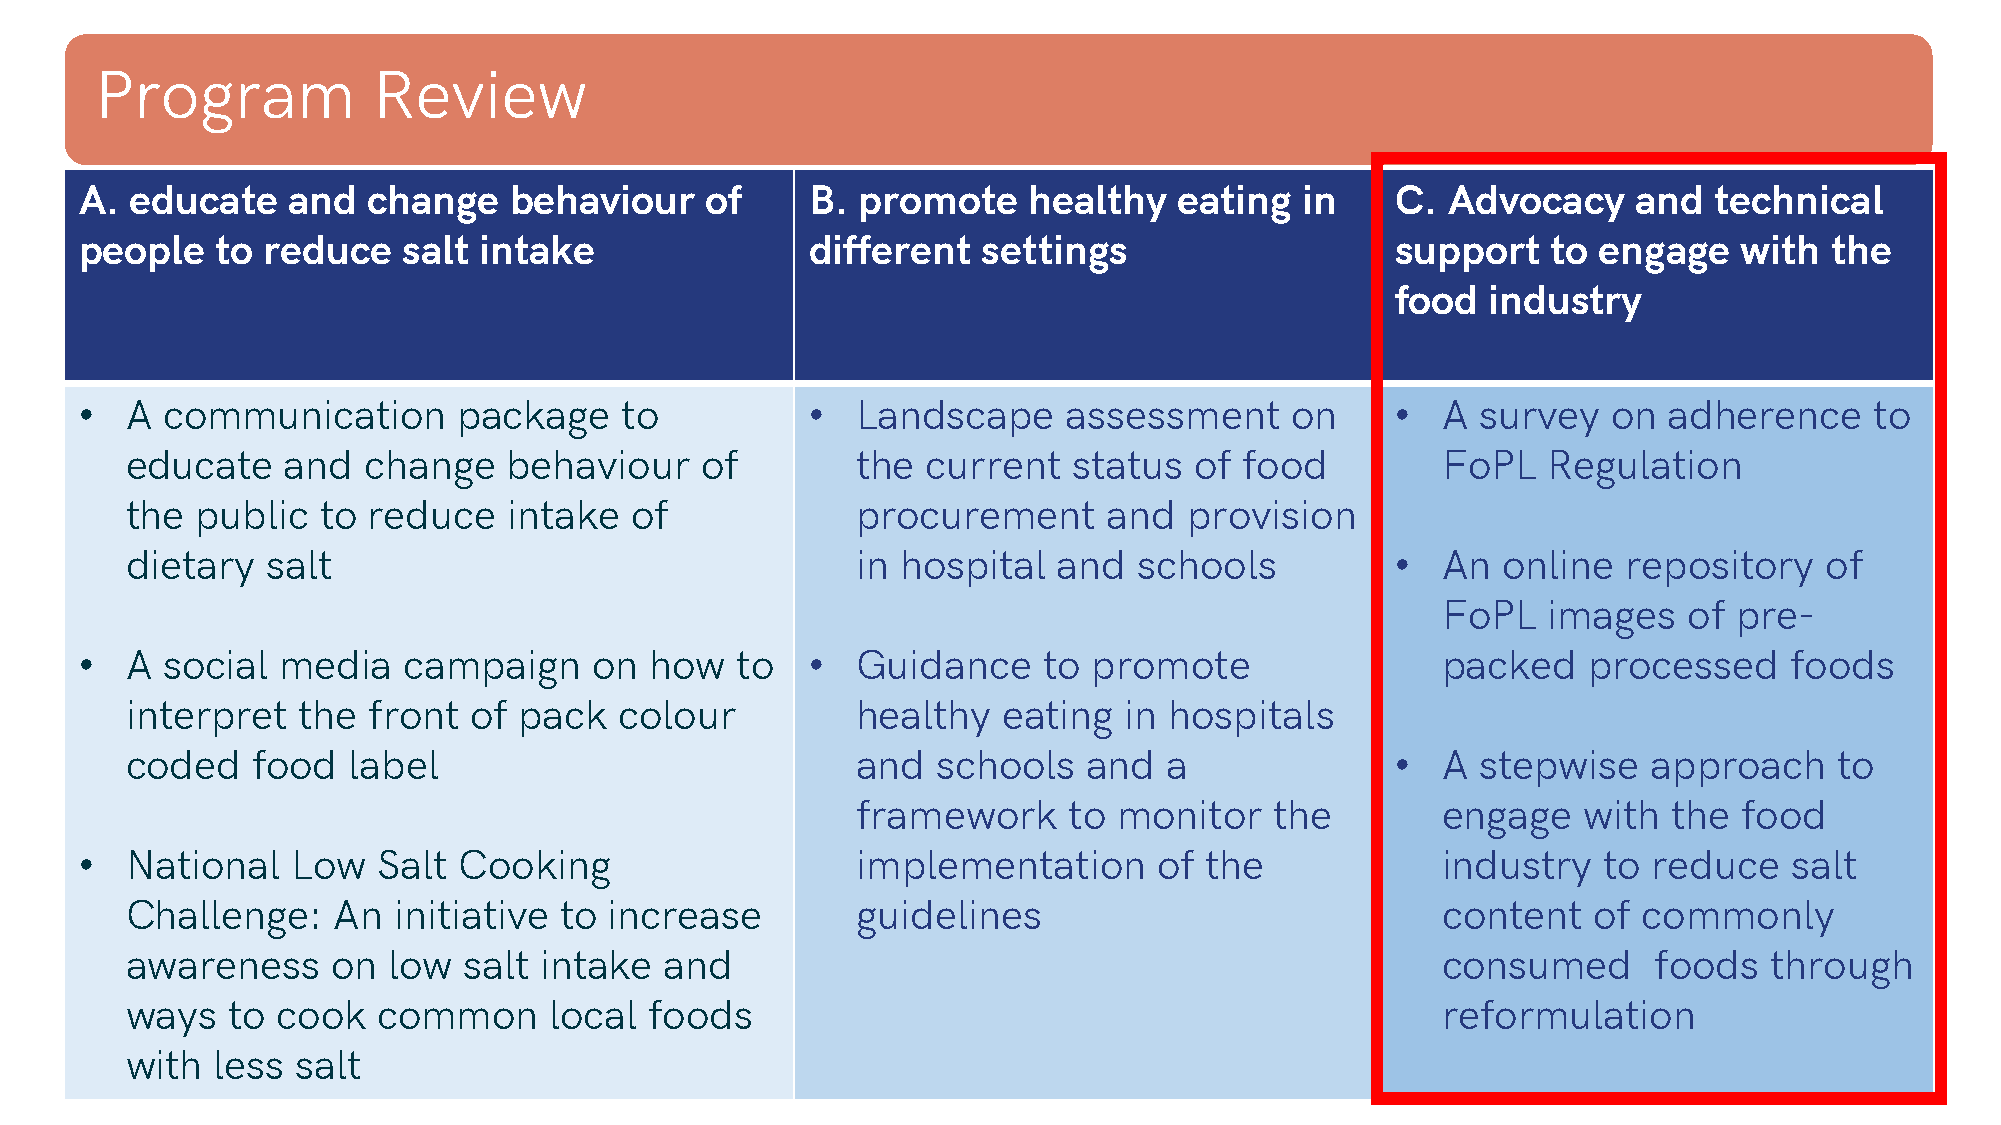
Program            Review
 A.  educate   and  change    behaviour    of     B. promote    healthy   eating  in    C.  Advocacy    and  technical
 people   to reduce    salt intake                different  settings                   support    to engage   with  the
 food   industry
 •  A  communication      package    to           •  Landscape     assessment    on     •  A  survey   on adherence     to
 educate    and  change   behaviour    of         the current   status  of food         FoPL   Regulation
 the  public  to reduce    intake  of             procurement     and   provision
 dietary   salt                                   in hospital  and  schools          •  An  online   repository   of
 FoPL   images    of pre-
 •  A  social media    campaign    on  how   to   •  Guidance    to promote                packed    processed    foods
 interpret   the front  of pack   colour          healthy  eating  in hospitals
 coded    food  label                             and  schools   and  a              •  A  stepwise   approach     to
 framework     to monitor   the        engage    with  the food
 •  National   Low   Salt Cooking                    implementation      of the            industry   to reduce    salt
 Challenge:    An  initiative to increase         guidelines                            content   of  commonly
 awareness     on  low  salt intake  and                                                consumed      foods   through
 ways   to cook   common     local  foods                                               reformulation
 with  less  salt